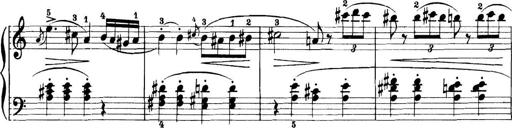
Title: 11 Sonatinas
Composer: Anton Diabelli